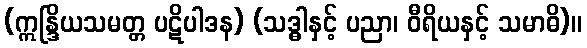
(ဣန္ဒြိယသမတ္တ ပဋိပါဒန) (သဒ္ဓါနှင့် ပညာ၊ ဝီရိယနှင့် သမာဓိ)။